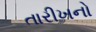
તારીખનો